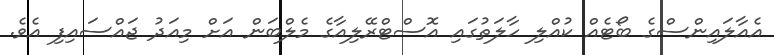
އެއާލައިންސްގެ ބޯޓެއް ކުއްލި ހާލަތުގައި އޮސްޓްރޭލިއާގެ މެލްބަން އަށް މިއަދު ޖައްސައިފި އެވެ.